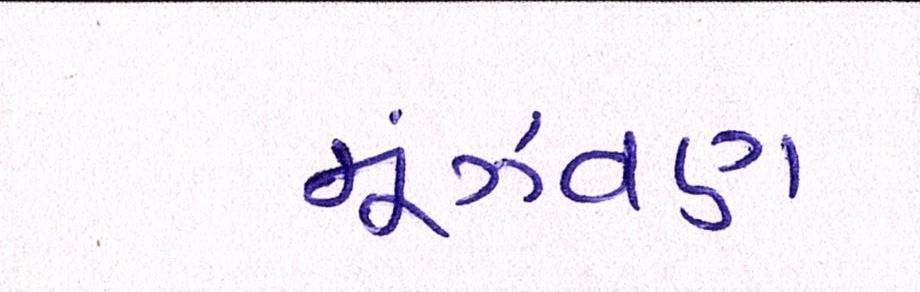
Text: મૂંઝવણ